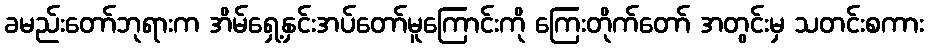
ခမည်းတော်ဘုရားက အိမ်ရှေ့နှင်းအပ်တော်မူကြောင်းကို ကြေးတိုက်တော် အတွင်းမှ သတင်းစကား